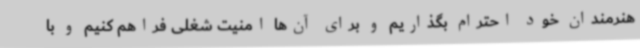
هنرمندان خود احترام بگذاریم و برای آن‌ها امنیت شغلی فراهم کنیم و با